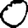
Digit: 0